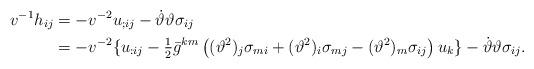
LaTeX: \begin{align*}v^{-1} h_{ij} &= -v^{-2} u_{;ij} - \dot\vartheta \vartheta \sigma_{ij}\\& = -v^{-2} \{ u_{:ij} - \tfrac{1}{2} \bar{g}^{km} \left( (\vartheta^2)_j \sigma_{mi} + (\vartheta^2)_i \sigma_{mj} -(\vartheta^2)_m \sigma_{ij} \right) u_k \}- \dot\vartheta \vartheta \sigma_{ij}.\\\end{align*}